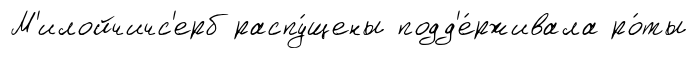
М'илойчичс'ерб распу́щены подд'е́рживала ро́ты